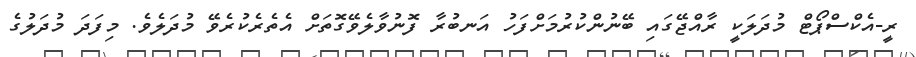
ރީ-އެކްސްޕޯޓް މުދަލަކީ ރާއްޖޭގައި ބޭނުންކުރުމަށްފަހު އަނބުރާ ފޮނުވާލެވޭގޮތަށް އެތެރެކުރެވޭ މުދަލެވެ. މިފަދަ މުދަލުގެ